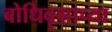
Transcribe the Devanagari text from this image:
बोधिवृक्षाच्या